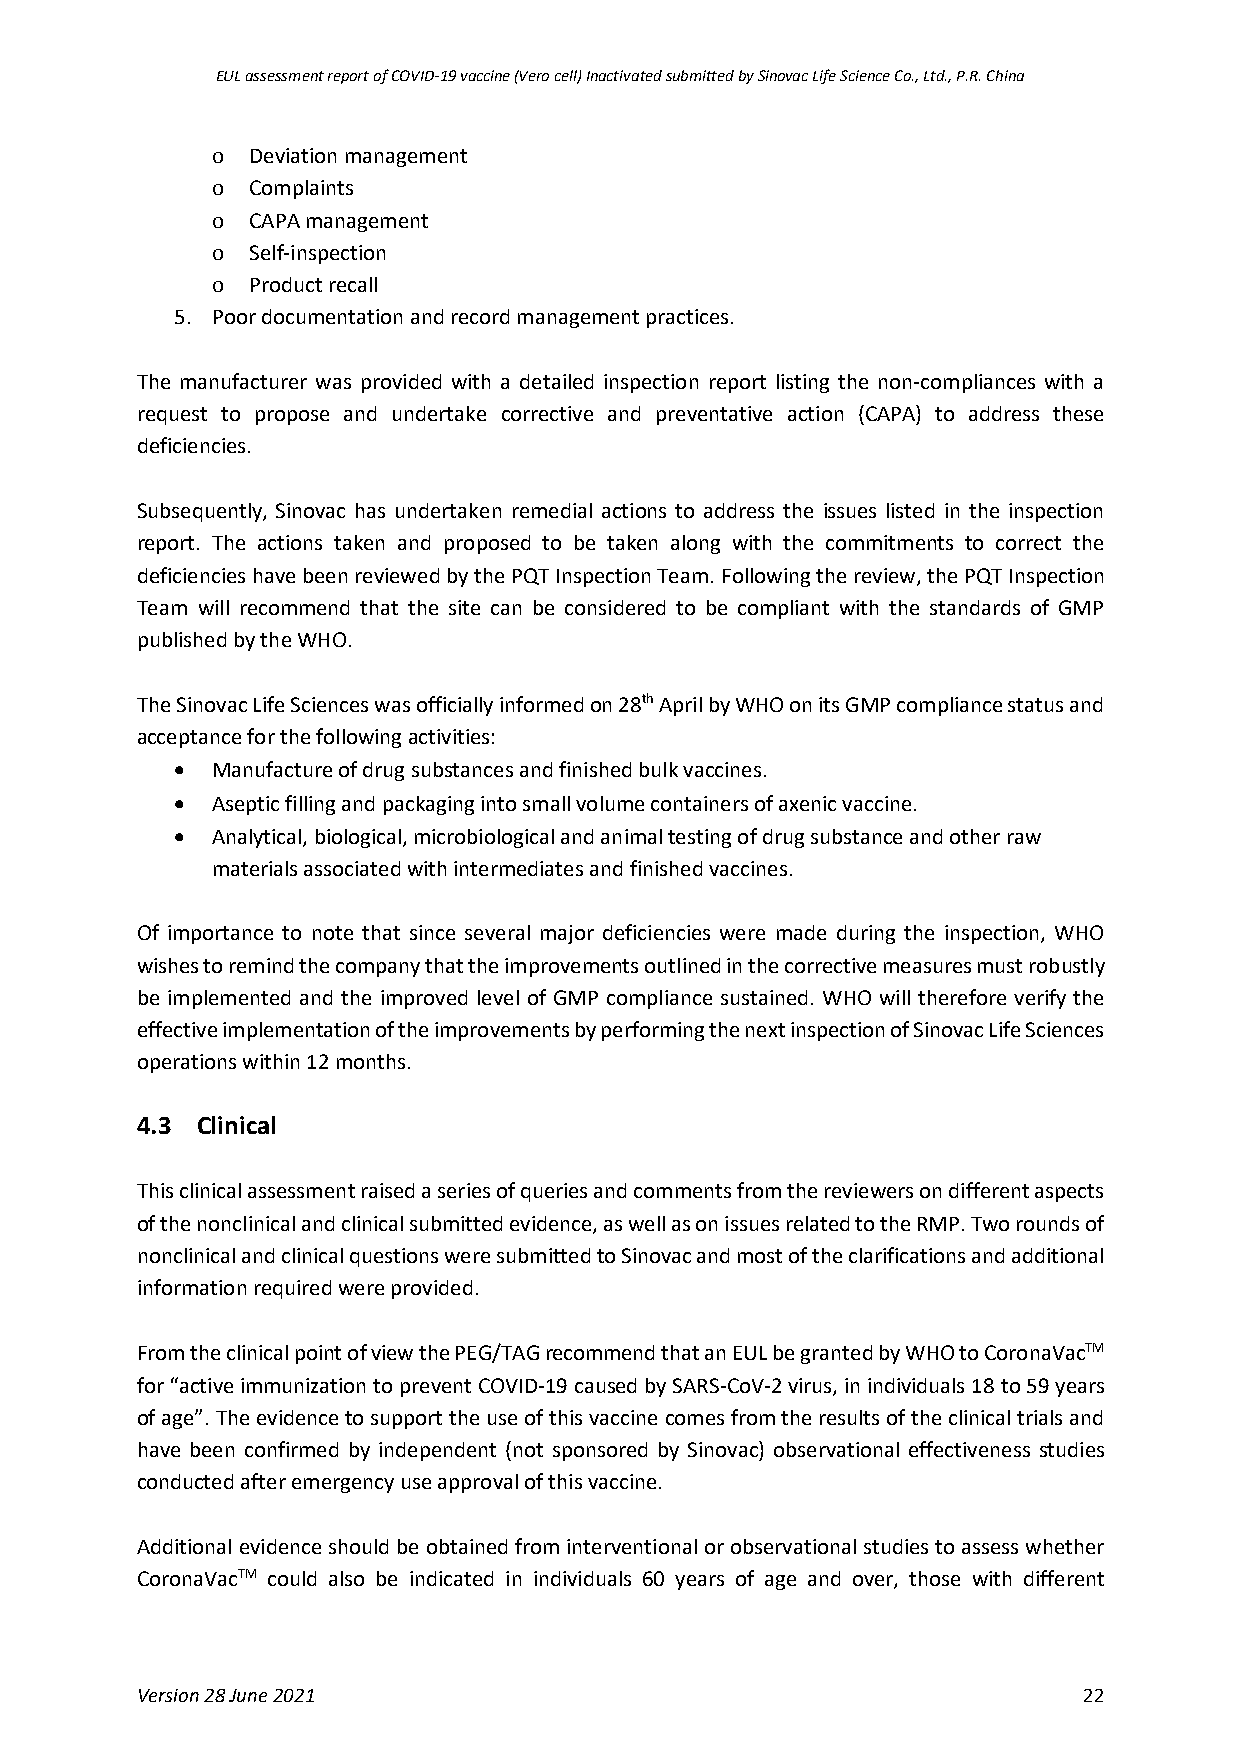
EUL assessment report of COVID-19 vaccine (Vero cell) Inactivated submitted by Sinovac Life Science Co., Ltd., P.R. China
 o Deviation management
 o Complaints
 o CAPA management
 o Self-inspection
 o Product recall
 5. Poor documentation and record management practices.
 The manufacturer was provided with a detailed inspection report listing the non-compliances with a
 request to propose and undertake corrective and preventative action (CAPA) to address these
 deficiencies.
 Subsequently, Sinovac has undertaken remedial actions to address the issues listed in the inspection
 report. The actions taken and proposed to be taken along with the commitments to correct the
 deficiencies have been reviewed by the PQT Inspection Team. Following the review, the PQT Inspection
 Team will recommend that the site can be considered to be compliant with the standards of GMP
 published by the WHO.
 The Sinovac Life Sciences was officially informed on 28th April by WHO on its GMP compliance status and
 acceptance for the following activities:
 • Manufacture of drug substances and finished bulk vaccines.
 • Aseptic filling and packaging into small volume containers of axenic vaccine.
 • Analytical, biological, microbiological and animal testing of drug substance and other raw
 materials associated with intermediates and finished vaccines.
 Of importance to note that since several major deficiencies were made during the inspection, WHO
 wishes to remind the company that the improvements outlined in the corrective measures must robustly
 be implemented and the improved level of GMP compliance sustained. WHO will therefore verify the
 effective implementation of the improvements by performing the next inspection of Sinovac Life Sciences
 operations within 12 months.
 4.3 Clinical
 This clinical assessment raised a series of queries and comments from the reviewers on different aspects
 of the nonclinical and clinical submitted evidence, as well as on issues related to the RMP. Two rounds of
 nonclinical and clinical questions were submitted to Sinovac and most of the clarifications and additional
 information required were provided.
 From the clinical point of view the PEG/TAG recommend that an EUL be granted by WHO to CoronaVacTM
 for “active immunization to prevent COVID-19 caused by SARS-CoV-2 virus, in individuals 18 to 59 years
 of age”. The evidence to support the use of this vaccine comes from the results of the clinical trials and
 have been confirmed by independent (not sponsored by Sinovac) observational effectiveness studies
 conducted after emergency use approval of this vaccine.
 Additional evidence should be obtained from interventional or observational studies to assess whether
 CoronaVacTM could also be indicated in individuals 60 years of age and over, those with different
 Version 28 June 2021                                           22